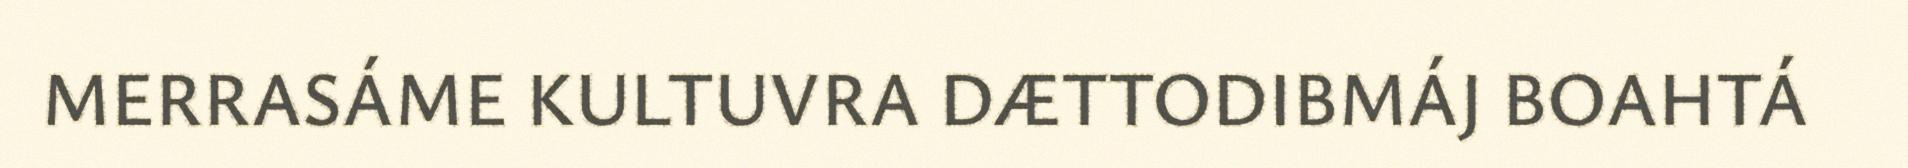
MERRASÁME KULTUVRA DÆTTODIBMÁJ BOAHTÁ